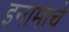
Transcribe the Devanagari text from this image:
इनामाचे